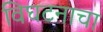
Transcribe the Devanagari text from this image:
विघटनाचा